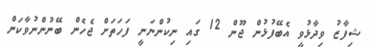
ޝިފާޒު ވިދާޅުވީ އެބޭފުޅުން ޖޫން 12 ގައި ނިކުންނަނީ ފަހަތަށް ޖެހެން ބޭނުންނުވާކަން